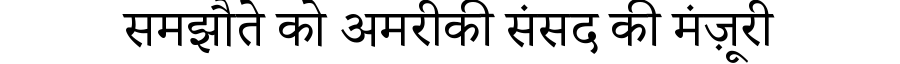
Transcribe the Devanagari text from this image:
समझौते को अमरीकी संसद की मंज़ूरी